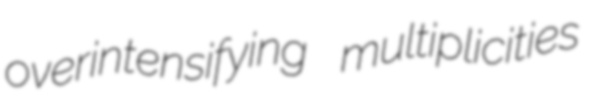
overintensifying multiplicities